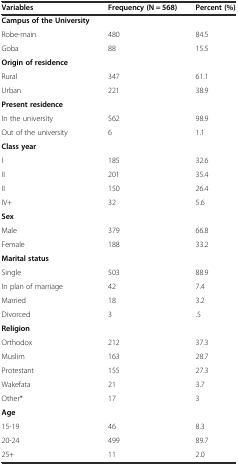
<table><thead><tr><td><b>Variables</b></td><td><b>Frequency (N = 568)</b></td><td><b>Percent (%)</b></td></tr></thead><tbody><tr><td><b>Campus of the University</b></td><td></td><td></td></tr><tr><td>Robe-main</td><td>480</td><td>84.5</td></tr><tr><td>Goba</td><td>88</td><td>15.5</td></tr><tr><td><b>Origin of residence</b></td><td></td><td></td></tr><tr><td>Rural</td><td>347</td><td>61.1</td></tr><tr><td>Urban</td><td>221</td><td>38.9</td></tr><tr><td><b>Present residence</b></td><td></td><td></td></tr><tr><td>In the university</td><td>562</td><td>98.9</td></tr><tr><td>Out of the university</td><td>6</td><td>1.1</td></tr><tr><td><b>Class year</b></td><td></td><td></td></tr><tr><td>I</td><td>185</td><td>32.6</td></tr><tr><td>II</td><td>201</td><td>35.4</td></tr><tr><td>II</td><td>150</td><td>26.4</td></tr><tr><td>IV+</td><td>32</td><td>5.6</td></tr><tr><td><b>Sex</b></td><td></td><td></td></tr><tr><td>Male</td><td>379</td><td>66.8</td></tr><tr><td>Female</td><td>188</td><td>33.2</td></tr><tr><td><b>Marital status</b></td><td></td><td></td></tr><tr><td>Single</td><td>503</td><td>88.9</td></tr><tr><td>In plan of marriage</td><td>42</td><td>7.4</td></tr><tr><td>Married</td><td>18</td><td>3.2</td></tr><tr><td>Divorced</td><td>3</td><td>.5</td></tr><tr><td><b>Religion</b></td><td></td><td></td></tr><tr><td>Orthodox</td><td>212</td><td>37.3</td></tr><tr><td>Muslim</td><td>163</td><td>28.7</td></tr><tr><td>Protestant</td><td>155</td><td>27.3</td></tr><tr><td>Wakefata</td><td>21</td><td>3.7</td></tr><tr><td>Other*</td><td>17</td><td>3</td></tr><tr><td><b>Age</b></td><td></td><td></td></tr><tr><td>15-19</td><td>46</td><td>8.3</td></tr><tr><td>20-24</td><td>499</td><td>89.7</td></tr><tr><td>25+</td><td>11</td><td>2.0</td></tr></tbody></table>